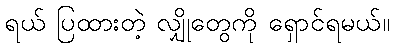
ရယ် ပြထားတဲ့ လျှိုတွေကို ရှောင်ရမယ်။